Account of plague administration in the Bombay Presidency from September 1896 till May 1897
Year: 1896
Disease focus: Plague
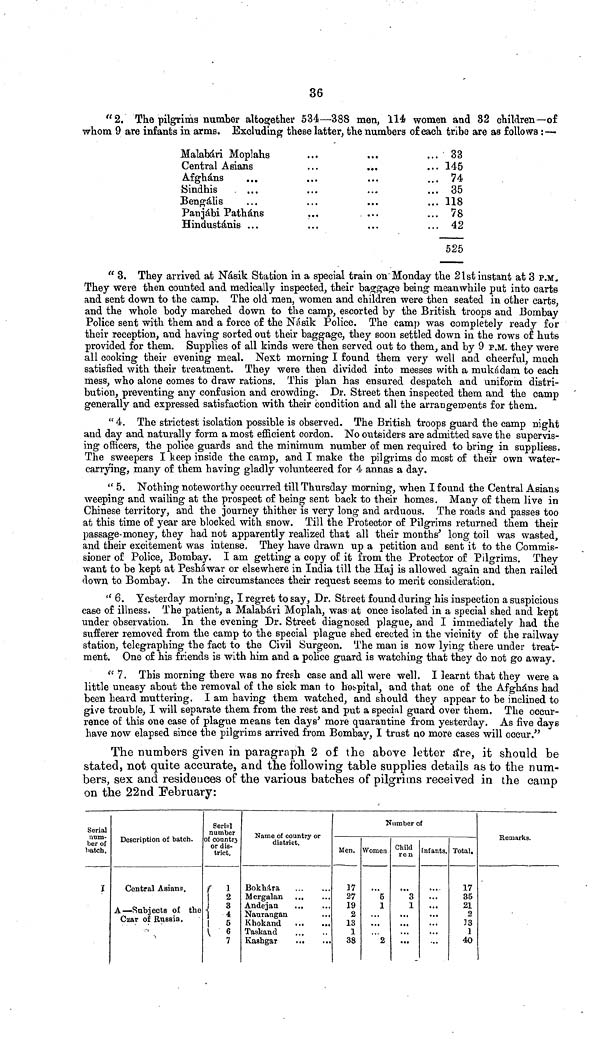
36
"2. The pilgrims number altogether 534—388 men, 114 women and 82 children—of
whom 9 are infants in arms. Excluding these latter, the numbers of each tribe are as follows :—
Malabàri Moplahs
Central Asians
Afghans
Sindhis
Bengalis
Panjabi Pathàns
Hindustanis ...
...
. · ·
...
...
. . .
»··
...
..·
·« ·
...
...
...
...
...
. . .
. · ·
. . .
...
...
. . .
...
33
145
74
35
118
78
42
525
" 3. They arrived at Ndsik Station in a special train on" Monday the 21st instant at 3 P.M.
They were then counted and medically inspected, their baggage being meanwhile put into carts
and sent down to the camp. The old men, women and children were then seated in other carts,
and the whole body marched down to the camp, escorted by the British troops and Bombay
Police sent with them and a force of the Nasik Police. The camp was completely ready for
their reception, and having sorted out their baggage, they soon settled down in the rows of huts
provided for them. Supplies of all kinds were then served out to them, and by 9 P.M. they were
all cooking their evening meal. Next morning I found them very well and cheerful, much
satisfied with their treatment. They were then divided into messes with a mukàdam to each
mess, who alone comes to draw rations. This plan has ensured despatch and uniform distri-
bution, preventing any confusion and crowding. Dr. Street then inspected them and the camp
generally and expressed satisfaction with their condition and all the arrangements for them.
" 4. The strictest isolation possible is observed. The British troops guard the camp night
and day and naturally form a most efficient cordon. No outsiders are admitted save the supervis-
ing officers, the police guards and the minimum number of men required to bring in suppliess.
The sweepers I keep inside the camp, and I make the pilgrims do most of their own water-
carrying, many of them having gladly volunteered for 4 annas a day.
" 5. Nothing noteworthy occurred till Thursday morning, when I found the Central Asians
weeping and wailing at the prospect of being sent back to their homes. Many of them live in
Chinese territory, and the journey thither is very long and arduous. The roads and passes too
at this time of year are blocked with snow. Till the Protector of Pilgrims returned them their
passage-money, they had not apparently realized that all their months' long toil was wasted,
and their excitement was intense. They have drawn up a petition and sent it to the Commis-
sioner of Police, Bombay. I am getting a copy of it from the Protector of Pilgrims. They
want to be kept at Peshawar or elsewhere in India till the Haj is allowed again and then railed
down to Bombay. In the circumstances their request seems to merit consideration.
''6. Yesterday morning, I regret to say, Dr. Street found during his inspection a suspicious
case of illness. The patient, a Malabàri Moplah, was at once isolated in a special shed and kept
under observation. In the evening Dr. Street diagnosed plague, and I immediately had the
sufferer removed from the camp to the special plague shed erected in the vicinity of the railway
station, telegraphing the fact to the Civil Surgeon. The man is now lying there under treat-
ment. One of his friends is with him and a police guard is watching that they do not go away.
" 7. This morning there was no fresh case and all were well. I learnt that they were a
little uneasy about the removal of the sick man to hospital, and that one of the Afghans had
been heard muttering. I am having them watched, and should they appear to be inclined to
gi\re trouble, I will separate them from the rest and put a special guard over them. The occur-
rence of this one case of plague means ten days' more quarantine from yesterday. As five days
have now elapsed since the pilgrims arrived from Bombay, I trust no more cases will occur."
The numbers given in paragraph 2 of the above letter a*re, it should be
stated, not quite accurate^ and the following table supplies details as to the nun>
bers, sex and residences of the various batches of pilgrims received in the camp
on the 22nd February:
Serial
num-
ber of
batch.
I
Description of batch.
Central Asians.
A C?nt-l-!tf\At-« f\f 4·Τ»Λ
— onbjects 01 tne
Czar of Russia.
Serial
number
of conntrj
or dis-
trict.
r ι
1
2
• I 3
1
4
1
5
V
6
7
Name of country or
district.
Bokhara
Mergalan
Andejan
Naurangan
Khokand
Taakand
Kashgar
.
Number of
Men.
37
27
19
2
13
1
38
Women
"*6
1
...
...
2
Child
ren
"*3
1
...
...
...
...
Infants.
..
..
..
..
Total.
17
35
21
2
IB
I
40
Remarks.